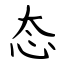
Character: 态